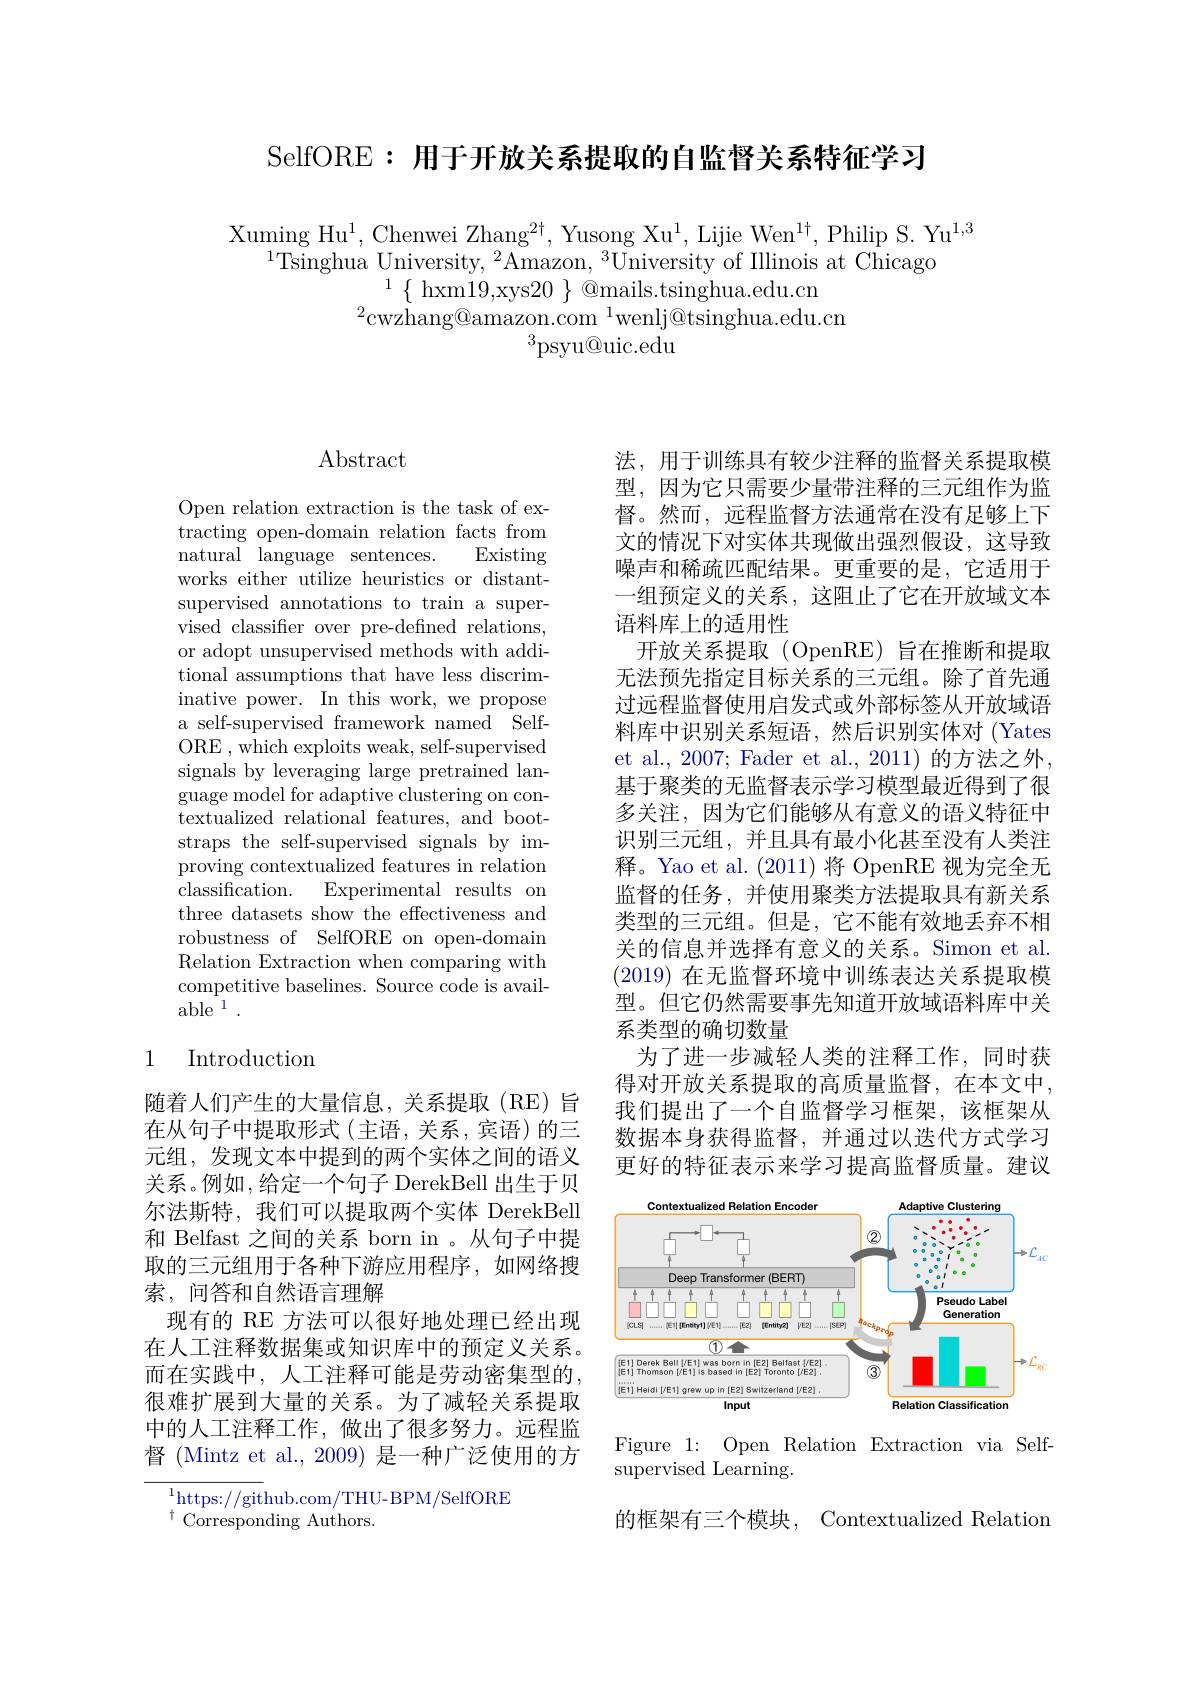
SelfORE: 用于开放关系提取的自监督关系特征学习

Xuming Hu$^1$, Chenwei Zhang$^2\dagger,\text{Yusong Xu}^1$, Lijie Wen$^1\dagger$, Philip S. Yu$^1,3$
$^{1}$Tsinghua University, $^2$Amazon, $^3$University of Illinois at Chicago
$^{2}$cwzhang@amazon.com$^{1}$wenlj@tsinghua.edu.cn
$^{3}$psyu@uic.edu

## $\operatorname{Abstract}$

Open relation extraction is the task of extracting open-domain relation facts from natural language sentences.
Existing
works either utilize heuristics or distantsupervised annotations to train a supervised classifier over pre-defined relations, or adopt unsupervised methods with additional assumptions that have less discriminative power. In this work, we propose a self-supervised framework named SelfORE , which exploits weak, self-supervised signals by leveraging large pretrained language model for adaptive clustering on contextualized relational features, and bootstraps the self-supervised signals by improving contextualized features in relation classification.
Experimental results on
three datasets show the effectiveness and robustness of SelfORE on open-domain Relation Extraction when comparing with competitive baselines. Source code is avail- $\mathrm{able}^{1}.$

## 1 Introduction

随着人们产生的大量信息，关系提取(RE)旨在从句子中提取形式(主语，关系，宾语)的三元组，发现文本中提到的两个实体之间的语义关系。例如，给定一个句子 DerekBell 出生于贝尔法斯特，我们可以提取两个实体 DerekBell 和 Belfast 之间的关系 born in 。从句子中提取的三元组用于各种下游应用程序，如网络搜索，问答和自然语言理解
现有的 RE 方法可以很好地处理已经出现在人工注释数据集或知识库中的预定义关系。而在实践中，人工注释可能是劳动密集型的， 很难扩展到大量的关系。为了减轻关系提取中的人工注释工作，做出了很多努力。远程监督 (Mintz et al., 2009) 是一种广泛使用的方

${\overline{{^{1}}\text{https://git}}}$hub.com/THU-BPM/SelfORE
$^{\dagger}$Corresponding Authors.

法，用于训练具有较少注释的监督关系提取模型，因为它只需要少量带注释的三元组作为监督。然而，远程监督方法通常在没有足够上下文的情况下对实体共现做出强烈假设，这导致噪声和稀疏匹配结果。更重要的是，它适用于一组预定义的关系，这阻止了它在开放域文本语料库上的适用性
开放关系提取(OpenRE)旨在推断和提取无法预先指定目标关系的三元组。除了首先通过远程监督使用启发式或外部标签从开放域语料库中识别关系短语，然后识别实体对 (Yates et al., 2007; Fader et al., 2011) 的方法之外， 基于聚类的无监督表示学习模型最近得到了很多关注，因为它们能够从有意义的语义特征中识别三元组，并且具有最小化甚至没有人类注释。Yao et al.(2011)将 OpenRE 视为完全无监督的任务，并使用聚类方法提取具有新关系类型的三元组。但是，它不能有效地丢弃不相关的信息并选择有意义的关系。Simon et al. (2019)在无监督环境中训练表达关系提取模型。但它仍然需要事先知道开放域语料库中关系类型的确切数量
为了进一步减轻人类的注释工作，同时获得对开放关系提取的高质量监督，在本文中， 我们提出了一个自监督学习框架，该框架从数据本身获得监督，并通过以迭代方式学习更好的特征表示来学习提高监督质量。建议

<FigureHere>

Figure 1: Open Relation Extraction via Self-
${\mathrm{supervised~Learning.}}$

的框架有三个模块，Contextualized Relation